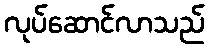
လုပ်ဆောင်လာသည်